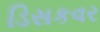
ડિસકવર